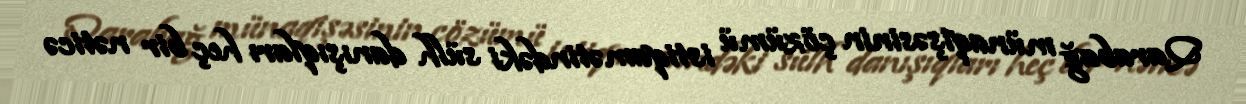
Qarabağ münaqişəsinin çözümü istiqamətindəki sülh danışıqları heç bir nəticə